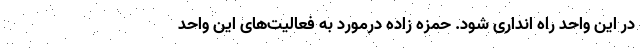
در این واحد راه انداری شود. حمزه زاده درمورد به فعالیت‌های این واحد